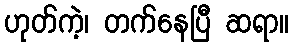
ဟုတ်ကဲ့၊ တက်နေပြီ ဆရာ။